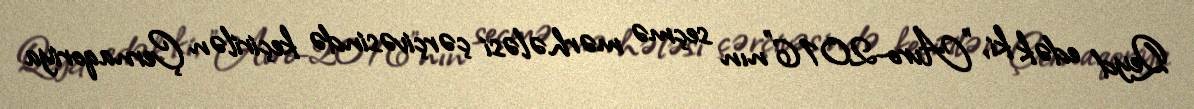
Qeyd edək ki, "Avro-2016”nın seçmə mərhələsi çərçivəsində keçirilən Çernaqoriya